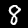
Label: 8